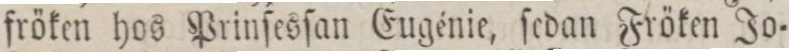
fröken hos Prinſesſan Eugénie, ſedan Fröken Jo=